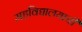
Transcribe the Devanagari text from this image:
महविद्यालयाची